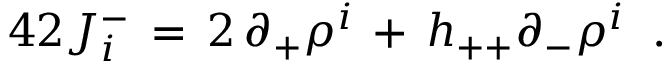
\l { 4 2 } J _ { i } ^ { - } \, = \, 2 \, \partial _ { + } \rho ^ { i } \, + \, h _ { + + } \partial _ { - } \rho ^ { i } \; \; .